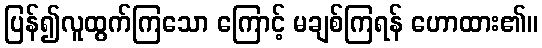
ပြန်၍လူထွက်ကြသော ကြောင့် မချစ်ကြရန် ဟောထား၏။